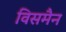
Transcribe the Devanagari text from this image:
विसमैन